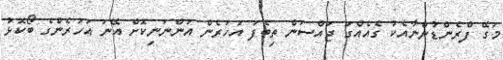
މަގޭ ފްރެންޑުންނާއެކު ގެއެއްގަ ޖައްސަން ތިބެފަ އަހަރެން އަންނަނިކޮށް އޭނަ އަހަރެންގެ ބޯކޮޅު